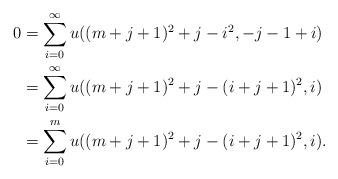
LaTeX: \begin{align*}0&=\sum_{i=0 }^\infty u((m+j+1)^2+j-i^2,-j-1+i)\\&= \sum_{i=0 }^\infty u((m+j+1)^2+j-(i+j+1)^2,i)\\&= \sum_{i=0 }^m u((m+j+1)^2+j-(i+j+1)^2,i).\end{align*}